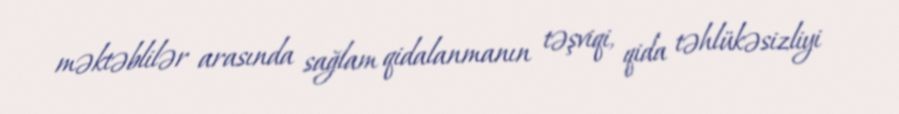
məktəblilər arasında sağlam qidalanmanın təşviqi, qida təhlükəsizliyi